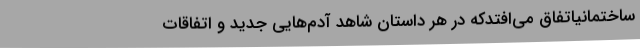
ساختمانیاتفاق می‌افتدکه در هر داستان شاهد آدم‌هایی جدید و اتفاقات